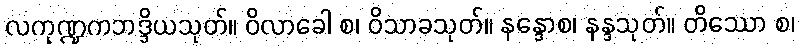
လကုဏ္ဍကဘဒ္ဒိယသုတ်။ ဝိလာခေါ စ၊ ဝိသာခသုတ်။ နန္ဒောစ၊ နန္ဒသုတ်။ တိဿော စ၊